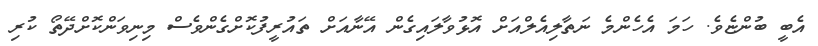
އެބީ ބުންޏެވެ. ހަމަ އެހެންމެ ނަތާލިއެލްއަށް އޮޅުވާލައިގެން އޭނާއަށް ތައުރީފުކޮށްގެންވެސް މިނިވަންކޮށްދޭތޯ ކުރި